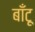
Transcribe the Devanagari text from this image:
बाँटू